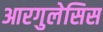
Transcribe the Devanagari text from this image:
आरगुलेसिस